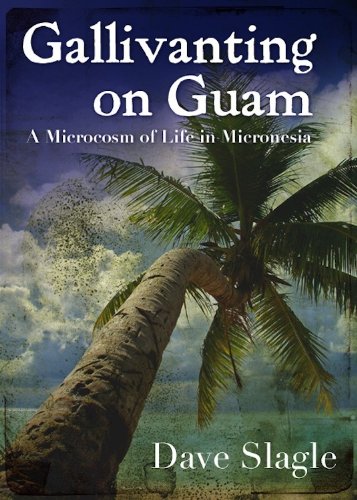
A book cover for Gallivanting on Guam; Dave Slagle; Travel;